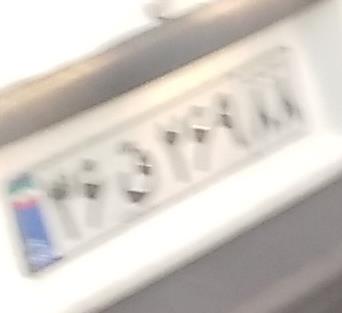
۳۶ق۲۶۹۸۸